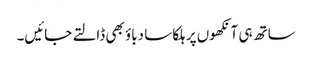
ساتھ ہی آنکھوں پر ہلکا سا دباؤ بھی ڈالتے جائیں۔